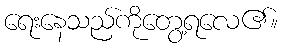
ရေးနေသည်ကိုတွေ့ရလေ၏။